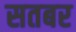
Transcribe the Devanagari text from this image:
सतबर